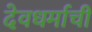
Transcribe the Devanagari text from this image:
देवधर्माची